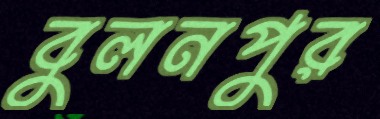
বুলনপুর